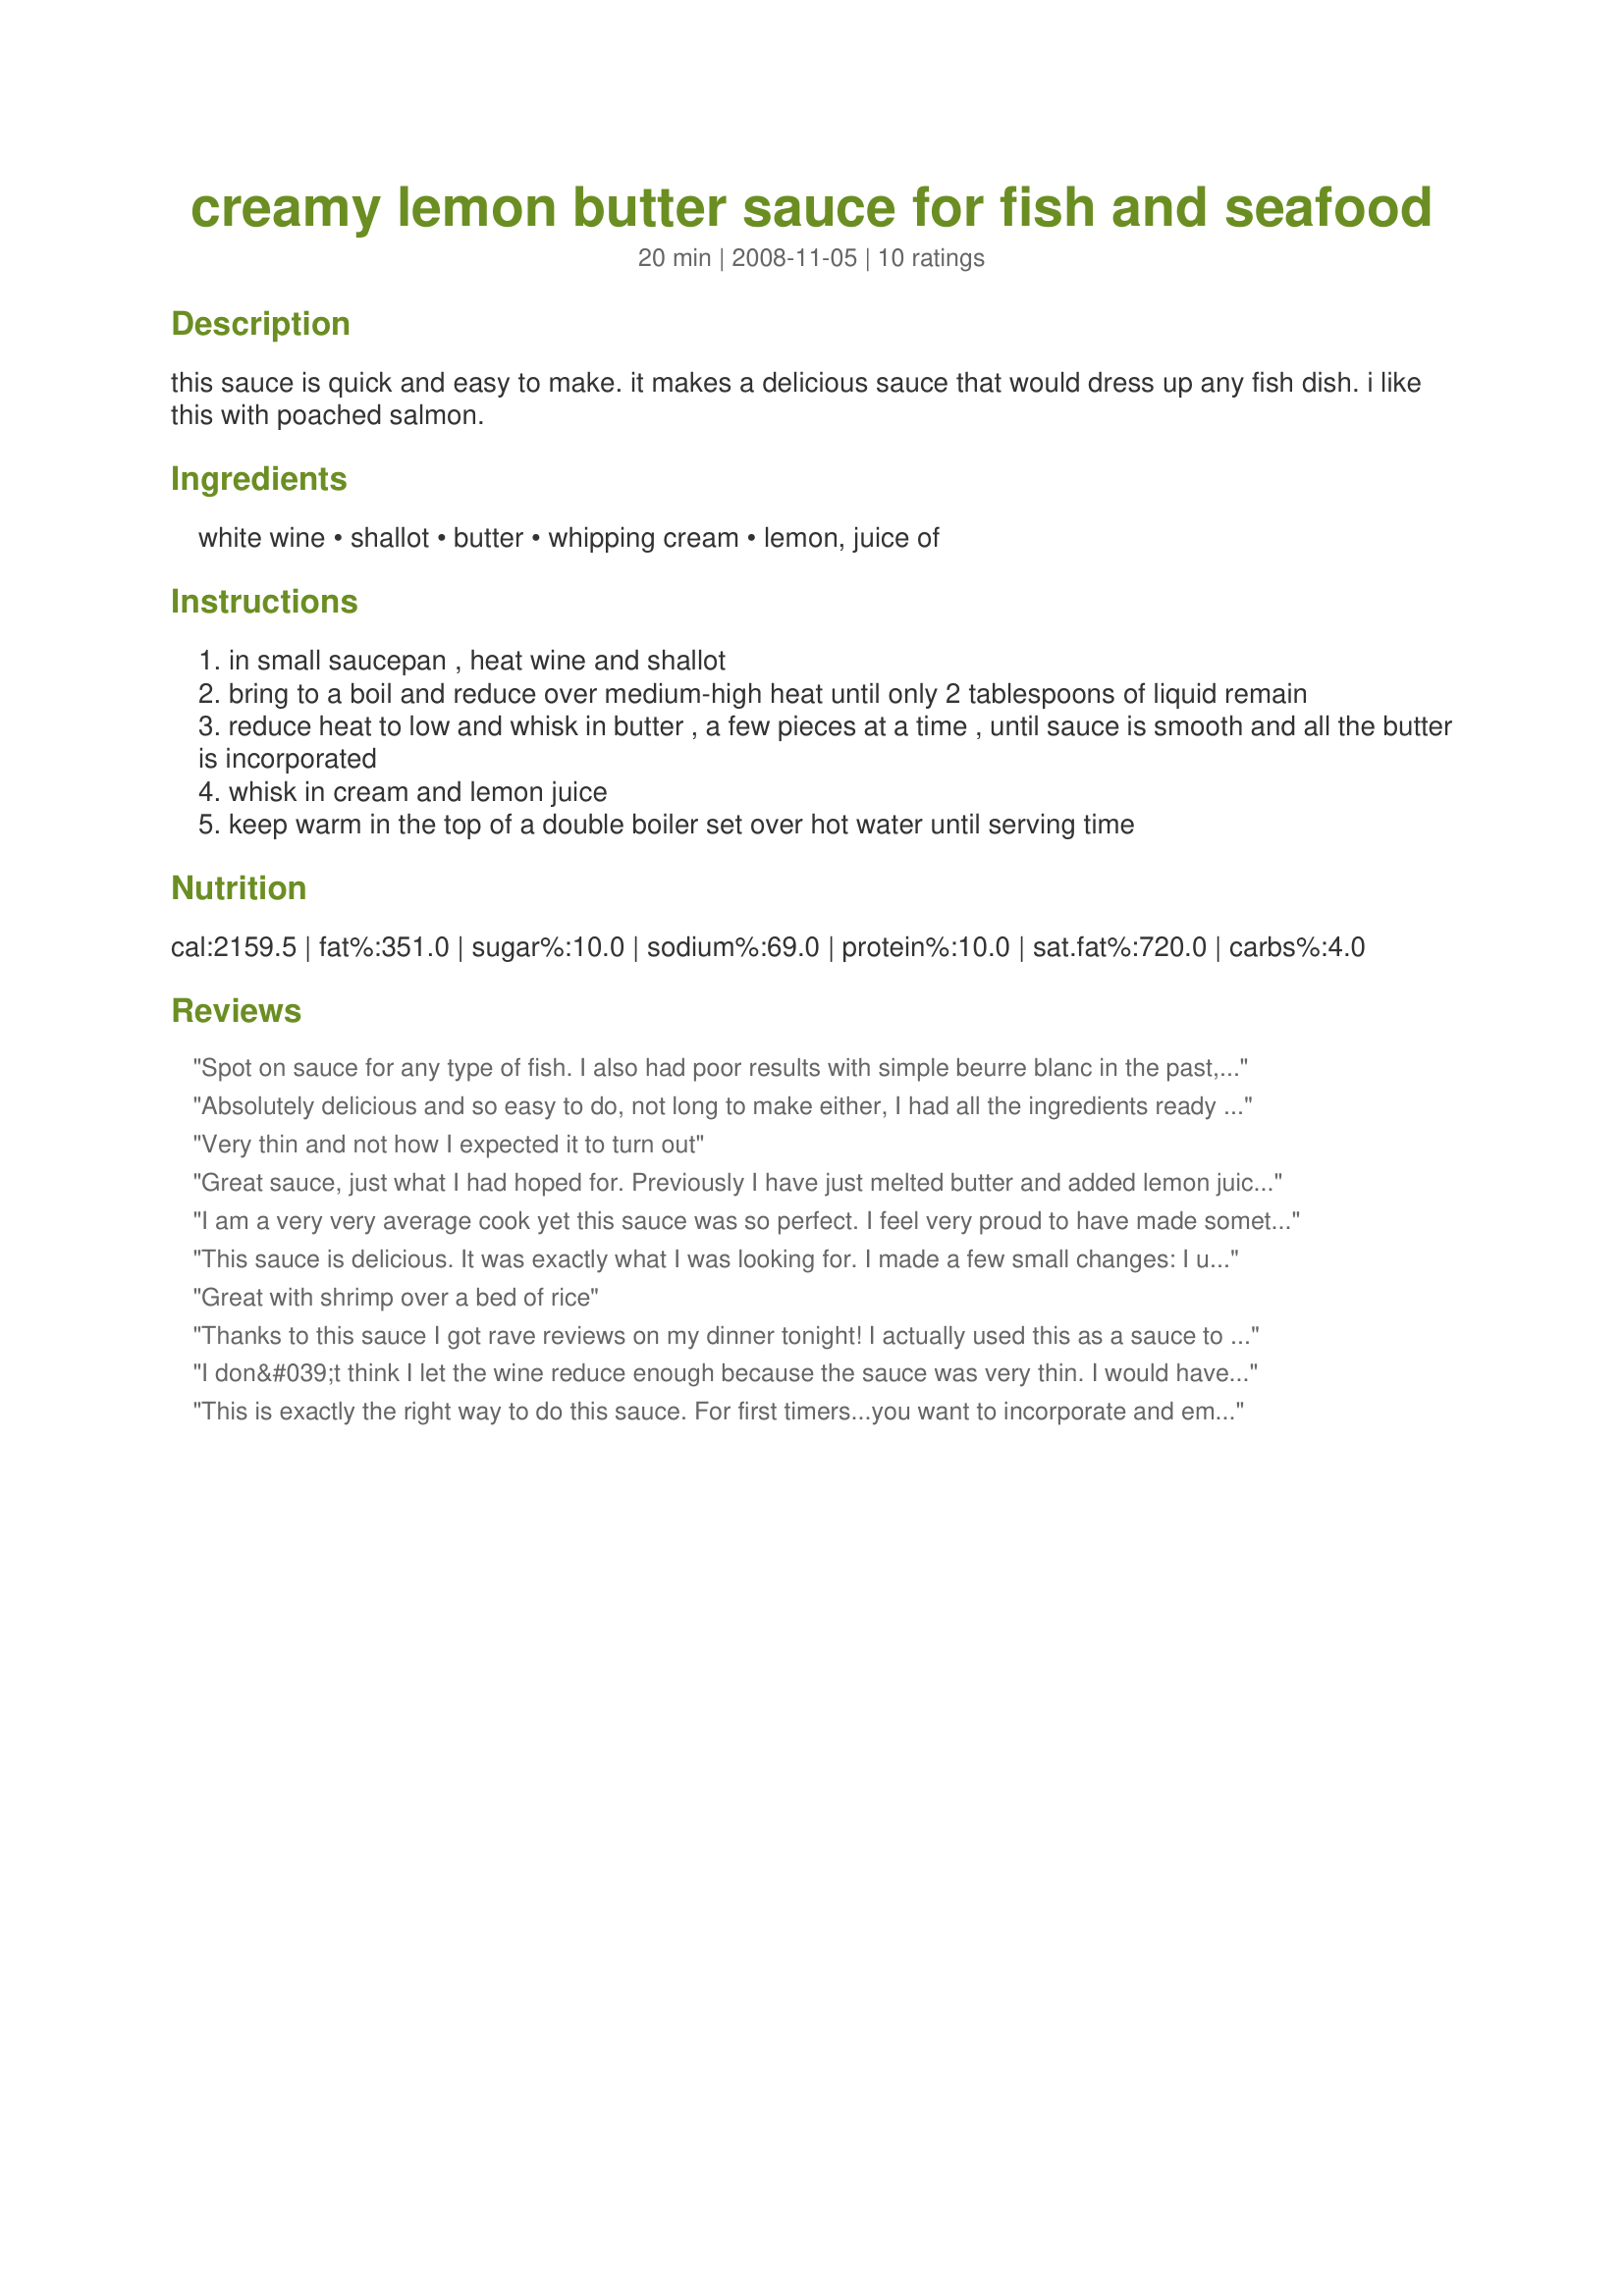
creamy lemon butter sauce for fish and seafood
Preparation time: 20 minutes

this sauce is quick and easy to make. it makes a delicious sauce that would dress up any fish dish. i like this with poached salmon.

Ingredients:
white wine, shallot, butter, whipping cream, lemon, juice of

Steps:
in small saucepan , heat wine and shallot
bring to a boil and reduce over medium-high heat until only 2 tablespoons of liquid remain
reduce heat to low and whisk in butter , a few pieces at a time , until sauce is smooth and all the butter is incorporated
whisk in cream and lemon juice
keep warm in the top of a double boiler set over hot water until serving time

Reviews:
Spot on sauce for any type of fish. I also had poor results with simple beurre blanc in the past, but this turns out perfect and silky every time. Just let the liquid reduce a lot before adding the butter bit by bit. I added some fresh dill in the end for the perfect fish sauce finish. Excellent recipe
Absolutely delicious and so easy to do, not long to make either, I had all the ingredients ready to go and then served it immediately. Served it with simple salmon baked in foil with seasoning. As I don&#039;t like salmon I had Tuna fishcakes and sauce was yummy with these too.
Very thin and not how I expected it to turn out
Great sauce, just what I had hoped for. Previously I have just melted butter and added lemon juice and pepper. I was never very happy with this solution but shied away from the very complicated lemon butter sauces which I find I don't have time for just before serving fish, as I am busy frying the fish... This can be made before the fish goes into the pan and keeps well on the turned off hotplate, to be heated just before serving. My guests were spooning it and pouring more and more. It really is delicious.
I am a very very average cook yet this sauce was so perfect. I feel very proud to have made something so delicious and perfect consistency. I poured the sauce over ocean trout with spinach leaves wrapped and baked in FILO pastry. Yummy! Thank you Maria. After two disastrous Buerre Blanc attempts I found your recipe easy!
This sauce is delicious. It was exactly what I was looking for. I made a few small changes: I used chicken broth instead of white wine, added parmesan cheese and garlic powder. I poured this over crabmeat stuffed tilapia and baked it for about 25 minutes. It was amazing. Thank you MARIA MAC!!
Great with shrimp over a bed of rice
Thanks to this sauce I got rave reviews on my dinner tonight! I actually used this as a sauce to coat my pasta in paired with broiled salmon and it was magnificent. I plated this with both fish and chicken as not everyone in my family likes fish and it was amazing with both! I sauteed garlic, shallots, and mushrooms added them to thin spaghetti. Then poured in the lemon butter sauce added freshly grated parmesan cheese and fresh pepper topped with minced roma tomatoes.
I don&#039;t think I let the wine reduce enough because the sauce was very thin. I would have preferred it to be a little thicker. Also, I added tarragon. I served this sauce with Salmon, fresh spinach &amp; potatoes. YUMMY!!
This is exactly the right way to do this sauce. For first timers...you want to incorporate and emulsify the butter...don't heat to the point it breaks. I had a friend try to make a beurre blanc based sauce and he ruined it with too much heat. Take it off the heat and only reheat just enough if the butter won't melt and mix. Enjoy!
